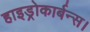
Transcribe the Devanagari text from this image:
हाइड्रोकार्बन्स।